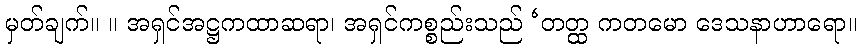
မှတ်ချက်။ ။ အရှင်အဋ္ဌကထာဆရာ၊ အရှင်ကစ္စည်းသည် ‘တတ္ထ ကတမော ဒေသနာဟာရော။